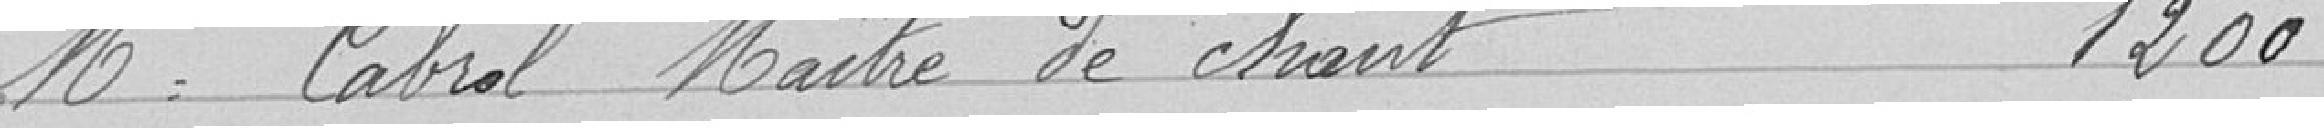
Mr Cabrol Maitre de chant 1200